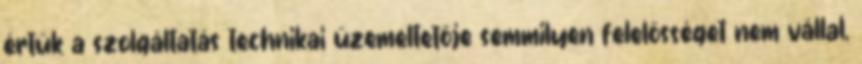
értük a szolgáltatás technikai üzemeltetője semmilyen felelősséget nem vállal,